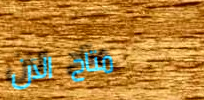
متاح الآن